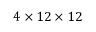
4 \times 1 2 \times 1 2